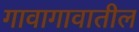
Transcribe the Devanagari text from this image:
गावागावातील